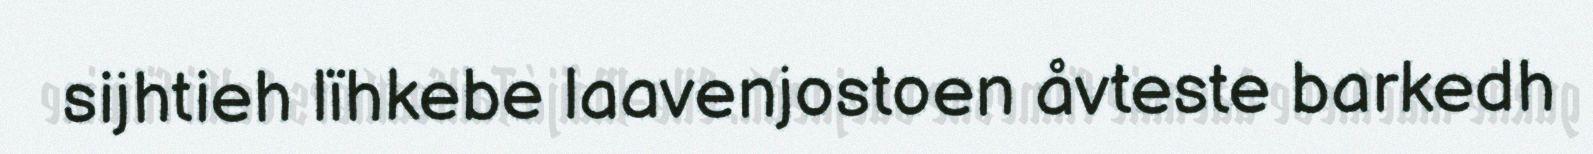
sijhtieh lïhkebe laavenjostoen åvteste barkedh